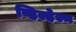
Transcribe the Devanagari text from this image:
व्हिल्हेल्म